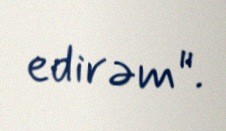
edirəm".